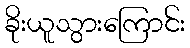
ခိုးယူသွားကြောင်း